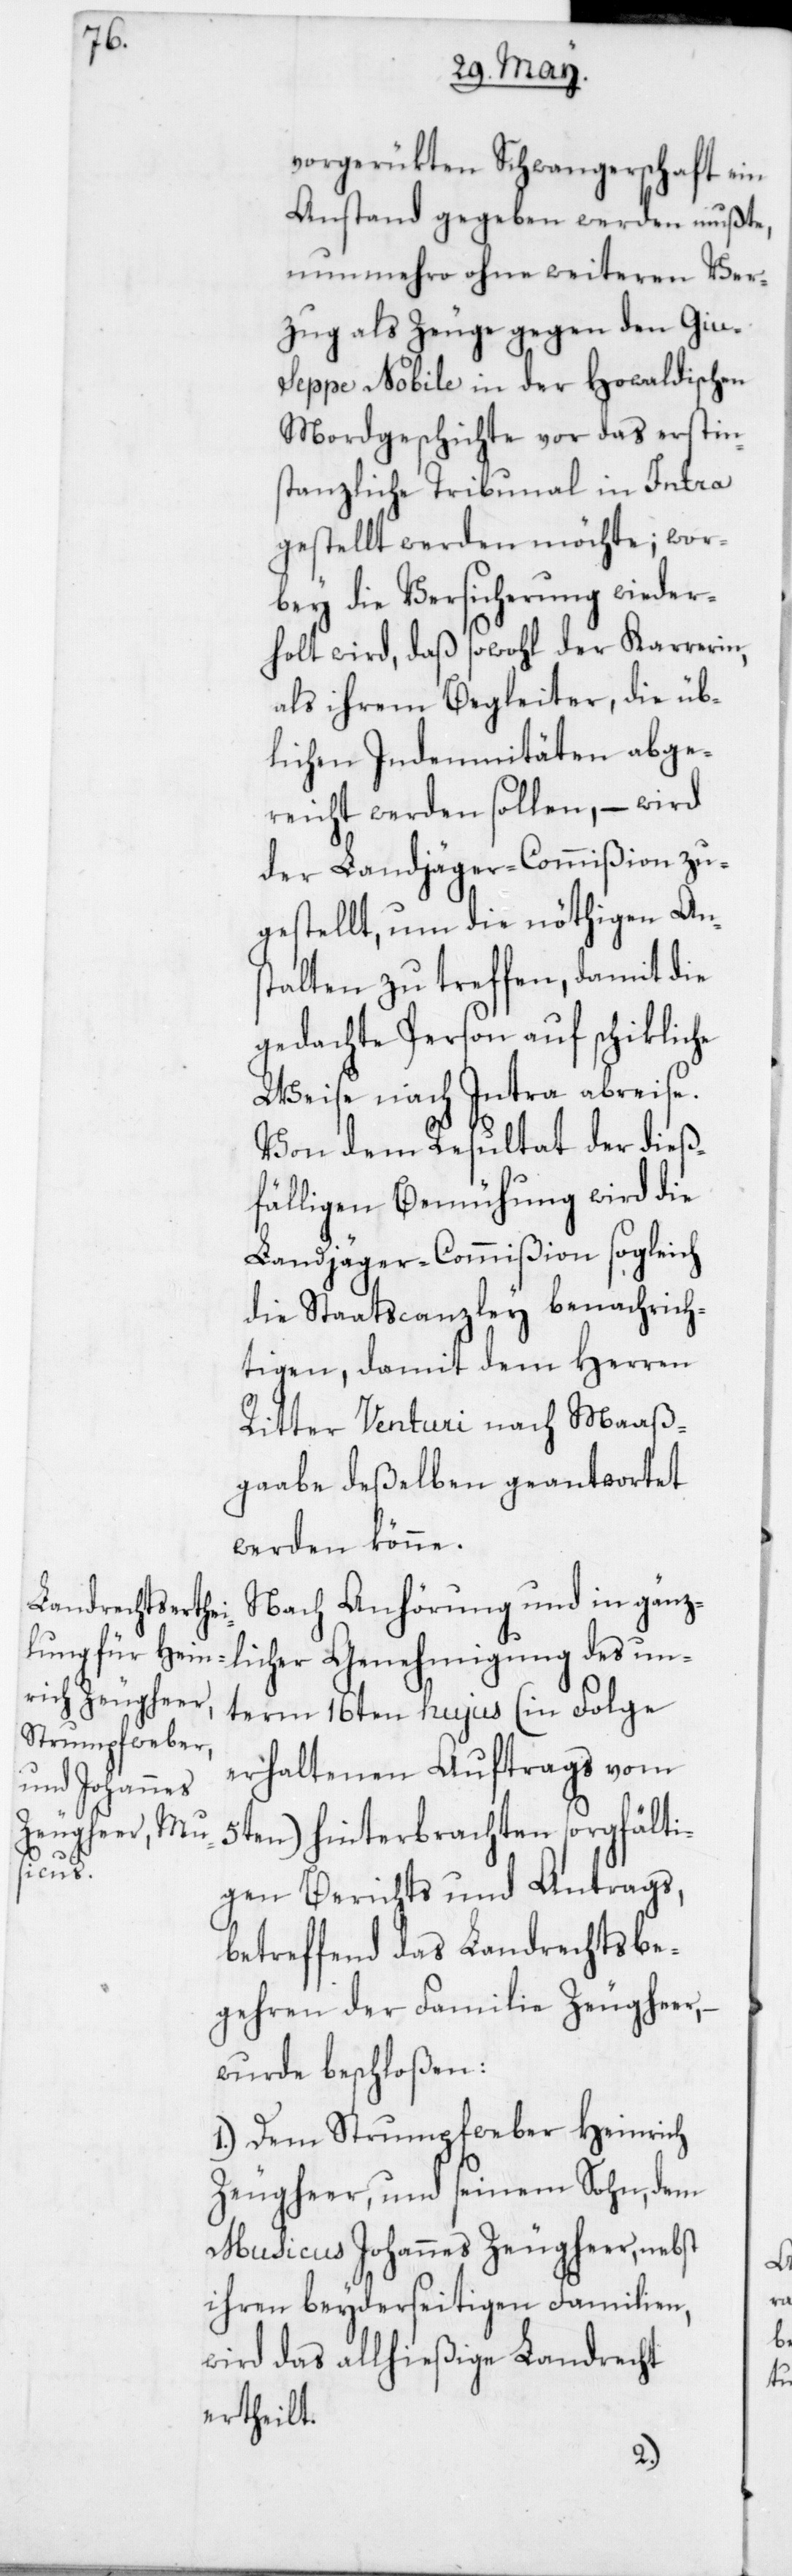
vorgerükten Schwangerschaft ein
Anstand gegeben werden mußte,
nunmehro ohne weiteren Ver¬
zug als Zeuge gegen den Giu¬
seppe Nobile in der Howaldischen
Mordgeschichte vor das erstin¬
stanzliche Tribunal in Intra
gestellt werden möchte; wor¬
bey die Versicherung wieder¬
holt wird, daß sowohl der Karrerin
als ihrem Begleiter, die üb¬
lichen Indenmitäten abge¬
reicht werden sollen, – wird
der Landjäger-Commißion zu¬
gestellt, um die nöthigen Ans¬
talten zu treffen, damit die
gedachte Person auf schikliche
Weise nach Intra abreise.
Von dem Resultat der dieß¬
fälligen Bemühung wird die
Landjäger-Commißion sogleich
die Staatscanzley benachrich¬
tigen, damit dem Herren
Ritter Venturi nach Maaß¬
gabe deßelben geantwortet
werden könne.
Nach Anhörung und in gänz¬
licher Genehmigung des un¬
term 16ten hujus (in Folge
erhaltenen Auftrags vom
5ten) hinterbrachten sorgfälti¬
gen Berichts und Antrags,
betreffend das Landrechtsbe¬
gehren der Familie Zeugheer,
wurde beschloßen:
1. Dem Strumpfweber Heinrich
Zeugheer und seinem Sohn, dem
Musicus Johannes Zeugheer, nebst
ihren beyderseitigen Familien,
wird das allhießige Landrecht
ertheilt.